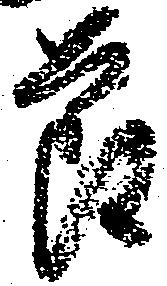
節